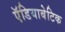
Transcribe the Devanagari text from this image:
ऍडियाबेटिक